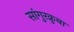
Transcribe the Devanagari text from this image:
सांगुरक्रुबा